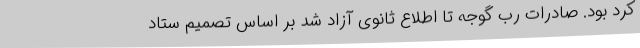
کرد بود. صادرات رب گوجه تا اطلاع ثانوی آزاد شد بر اساس تصمیم ستاد